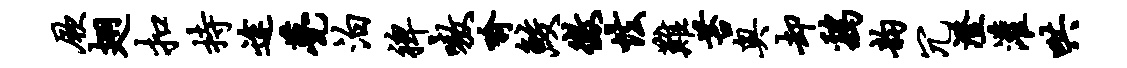
厥翅扣持途甍泊裨嗷喻鲛征怯难苔奥却鸡韵冗澄灌哄